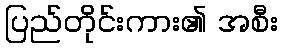
ပြည်တိုင်းကား၏ အစီး